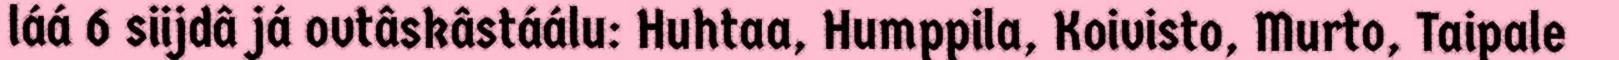
láá 6 siijdâ já ovtâskâstáálu: Huhtaa, Humppila, Koivisto, Murto, Taipale